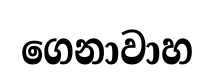
ගෙනාවාහ